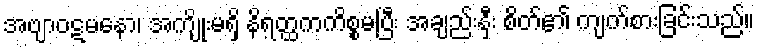
အဗျာဝဋမနော၊ အကျိုးမရှိ နိရတ္ထကကိစ္စမပြီး အချည်းနှီး စိတ်၏ ကျက်စားခြင်းသည်။